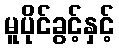
မူပိုင်ခွင့်နှင့်